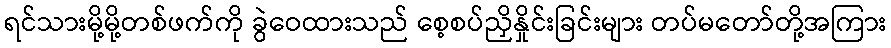
ရင်သားမို့မို့တစ်ဖက်ကို ခွဲဝေထားသည် စေ့စပ်ညှိနှိုင်းခြင်းများ တပ်မတော်တို့အကြား